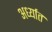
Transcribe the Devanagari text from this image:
अर्ध्यात